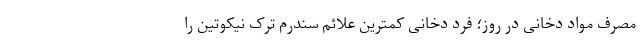
مصرف مواد دخانی در روز؛ فرد دخانی کمترین علائم سندرم ترک نیکوتین را